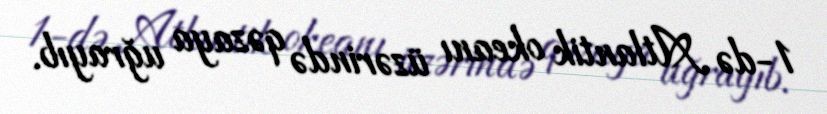
1-də Atlantik okeanı üzərində qəzaya uğrayıb.